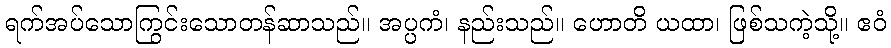
ရက်အပ်သောကြွင်းသောတန်ဆာသည်။ အပ္ပကံ၊ နည်းသည်။ ဟောတိ ယထာ၊ ဖြစ်သကဲ့သို့။ ဧဝံ